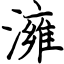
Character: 澭